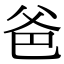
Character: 爸